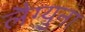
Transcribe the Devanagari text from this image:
लैग्युना